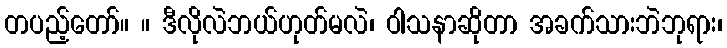
တပည့်တော်။ ။ ဒီလိုလဲဘယ်ဟုတ်မလဲ၊ ဝါသနာဆိုတာ အခက်သားဘဲဘုရား၊